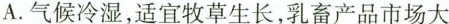
A.气候冷湿，适宜牧草生长，乳畜产品市场大